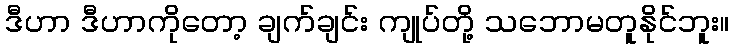
ဒီဟာ ဒီဟာကိုတော့ ချက်ချင်း ကျုပ်တို့ သဘောမတူနိုင်ဘူး။